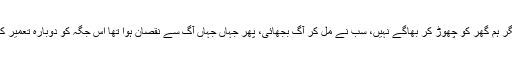
مگر ہم گھر کو چھوڑ کر بھاگے نہیں، سب نے مل کر آگ بجھائی، پھر جہاں جہاں آگ سے نقصان ہوا تھا اس جگہ کو دوبارہ تعمیر کیا۔